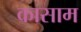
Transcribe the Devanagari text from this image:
कासाम